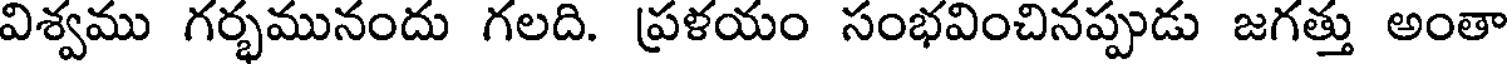
విశ్వము గర్భమునందు గలది. ప్రళయం సంభవించినప్పుడు జగత్తు అంతా